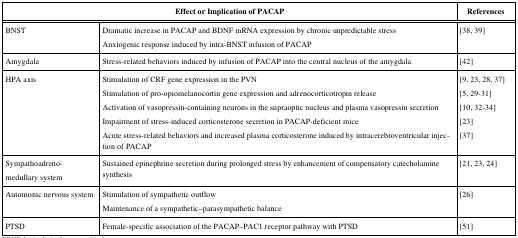
<table><thead><tr><td colspan="2"><b>Effect or Implication of PACAP</b></td><td><b>References</b></td></tr></thead><tbody><tr><td>BNST</td><td>Dramatic increase in PACAP and BDNF mRNA expression by chronic unpredictable stress Anxiogenic response induced by intra-BNST infusion of PACAP</td><td>[38, 39]</td></tr><tr><td>Amygdala</td><td>Stress-related behaviors induced by infusion of PACAP into the central nucleus of the amygdala</td><td>[42]</td></tr><tr><td>HPA axis</td><td>Stimulation of CRF gene expression in the PVN</td><td>[9, 23, 28, 37]</td></tr><tr><td></td><td>Stimulation of pro-opiomelanocortin gene expression and adrenocorticotropin release</td><td>[5, 29-31]</td></tr><tr><td></td><td>Activation of vasopressin-containing neurons in the supraoptic nucleus and plasma vasopressin secretion</td><td>[10, 32-34]</td></tr><tr><td></td><td>Impairment of stress-induced corticosterone secretion in PACAP-deficient mice</td><td>[23]</td></tr><tr><td></td><td>Acute stress-related behaviors and increased plasma corticosterone induced by intracerebroventricular injection of PACAP</td><td>[37]</td></tr><tr><td>Sympathoadrenomedullarysystem</td><td>Sustainedepinephrine secretion during prolonged stress by enhancement ofcompensatory catecholamine synthesis</td><td>[21, 23, 24]</td></tr><tr><td>Automonic nervous system</td><td>Stimulation of sympathetic outflow Maintenance of a sympathetic–parasympathetic balance</td><td>[26]</td></tr><tr><td>PTSD</td><td>Female-specific association of the PACAP–PAC1 receptor pathway with PTSD</td><td>[51]</td></tr></tbody></table>